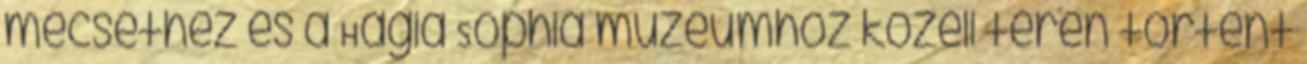
mecsethez és a Hagia Sophia múzeumhoz közeli téren történt